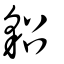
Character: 貂